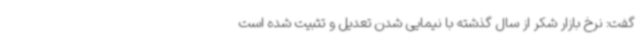
گفت: نرخ بازار شکر از سال گذشته با نیمایی شدن تعدیل و تثبیت شده است